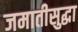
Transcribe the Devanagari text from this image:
जमातीसुद्धा